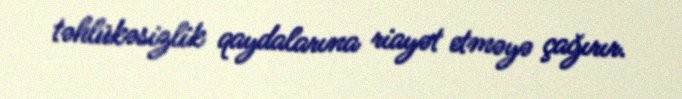
təhlükəsizlik qaydalarına riayət etməyə çağırır.